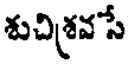
శుచిశ్రవసే